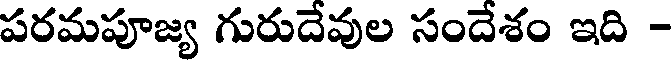
పరమపూజ్య గురుదేవుల సందేశం ఇది -